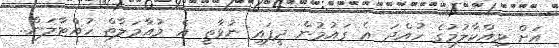
އަށް ވިއްކާލުމުގެ ހުއްދަ އެ ގައުމުން ދީފައި ނުވާތީ އެ މުއާމަލާތް ހުއްޓާލަން..